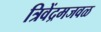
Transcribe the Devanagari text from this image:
त्रिवेंद्रमजवळ